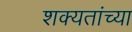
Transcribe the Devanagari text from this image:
शक्यतांच्या